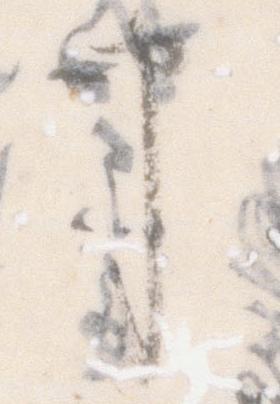
申